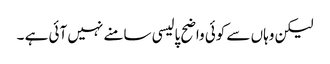
لیکن وہاں سے کوئی واضح پالیسی سامنے نہیں آئی ہے ۔